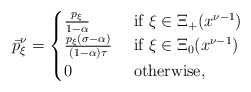
\begin{align*}\bar p^\nu_\xi = \begin{cases}\frac{p_\xi}{1-\alpha} & \mbox{ if } \xi \in \Xi_+(x^{\nu-1})\\\frac{p_\xi(\sigma-\alpha)}{(1-\alpha)\tau} & \mbox{ if } \xi \in \Xi_0(x^{\nu-1})\\0 & \mbox{ otherwise},\end{cases}\end{align*}